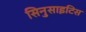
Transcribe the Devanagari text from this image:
सिनुसाइटिस